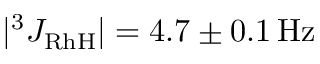
| ^ { 3 } J _ { \mathrm { R h H } } | = 4 . 7 \pm 0 . 1 \mathrm { \, H z }